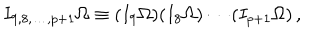
I _ { 9 , 8 , \ldots , p + 1 } \Omega \equiv ( I _ { 9 } \Omega ) ( I _ { 8 } \Omega ) \cdots ( I _ { p + 1 } \Omega ) \, ,